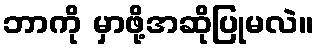
ဘာကို မှာဖို့အဆိုပြုမလဲ။